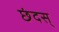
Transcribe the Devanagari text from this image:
छंदस्